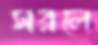
সরলে